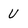
Character: U